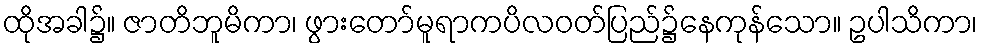
ထိုအခါ၌။ ဇာတိဘူမိကာ၊ ဖွားတော်မူရာကပိလဝတ်ပြည်၌နေကုန်သော။ ဥပါသိကာ၊